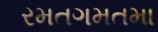
રમતગમતમા